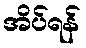
အိပ်ရန်